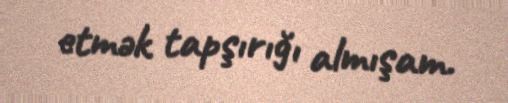
etmək tapşırığı almışam.